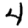
Digit: 4